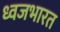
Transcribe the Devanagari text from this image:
ध्वजभारत